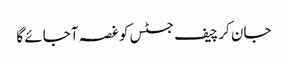
جان کر چیف جسٹس کو غصہ آجائے گا